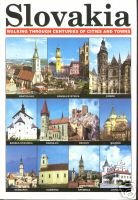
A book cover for Slovakia: Walking Through Centuries of Cities and Towns; Ludmila Husovska; Travel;